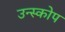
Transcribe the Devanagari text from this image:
उन्स्कोप